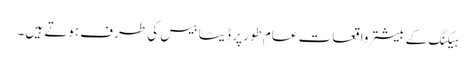
ہیکنگ کے بیشتر واقعات عام طور پر ڈیٹا بیس کی طرف ہوتے ہیں۔